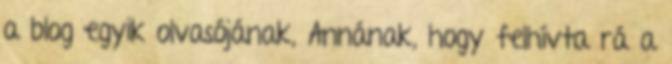
a blog egyik olvasójának, Annának, hogy felhívta rá a